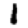
Digit: 1